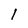
Character: 1